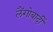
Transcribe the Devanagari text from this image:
लैंगोबार्दी